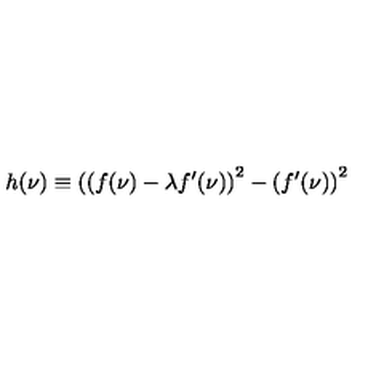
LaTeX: h ( \nu ) \equiv \left( ( f ( \nu ) - \lambda f ^ { \prime } ( \nu ) \right) ^ { 2 } - \left( f ^ { \prime } ( \nu ) \right) ^ { 2 }